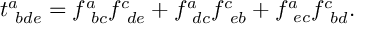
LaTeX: t _ { \ b d e } ^ { a } = f _ { \ b c } ^ { a } f _ { \ d e } ^ { c } + f _ { \ d c } ^ { a } f _ { \ e b } ^ { c } + f _ { \ e c } ^ { a } f _ { \ b d } ^ { c } .